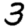
Digit: 3